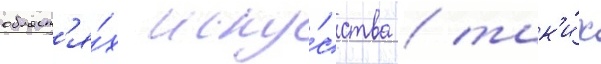
област'я́х иску́сства / так'и́х